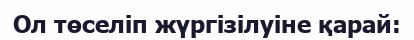
Ол төселіп жүргізілуіне қарай: